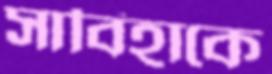
সাবিহাকে